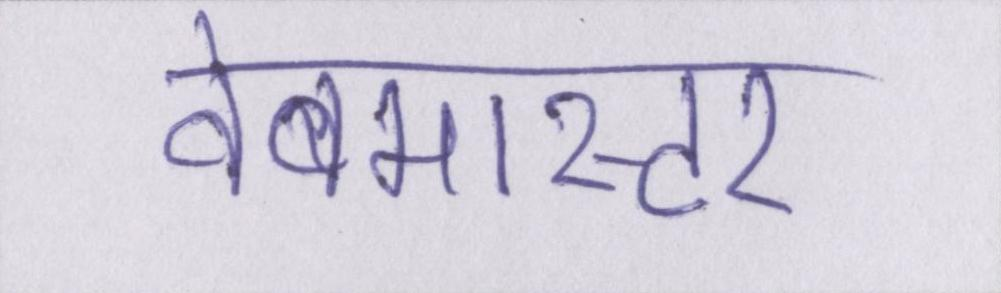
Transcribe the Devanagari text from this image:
वेबमास्टर